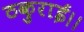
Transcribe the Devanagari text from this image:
ठकुराई।।